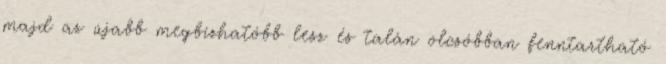
majd az újabb megbízhatóbb lesz és talán olcsóbban fenntartható